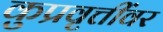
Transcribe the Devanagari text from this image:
कुप्रवृत्तींवर